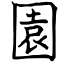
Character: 園